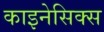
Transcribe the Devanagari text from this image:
काइनेसिक्स